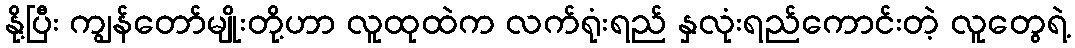
နို့ပြီး ကျွန်တော်မျိုးတို့ဟာ လူထုထဲက လက်ရုံးရည် နှလုံးရည်ကောင်းတဲ့ လူတွေရဲ့